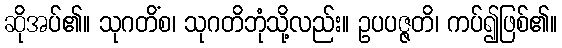
ဆိုအပ်၏။ သုဂတိံစ၊ သုဂတိဘုံသို့လည်း။ ဥပပဇ္ဇတိ၊ ကပ်၍ဖြစ်၏။